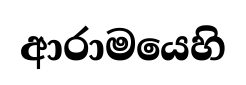
ආරාමයෙහි